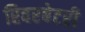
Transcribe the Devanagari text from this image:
रिवरबेटरी